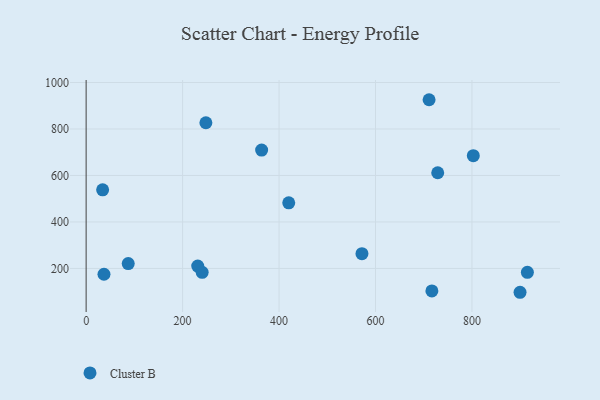
{"axis": {"x": "Price", "y": "Profit"}, "legend": ["Cluster B"], "data": [{"x": "231.4", "y": 210.2, "type": "Cluster B"}, {"x": "914.9", "y": 183.3, "type": "Cluster B"}, {"x": "248.3", "y": 826.8, "type": "Cluster B"}, {"x": "729.0", "y": 611.7, "type": "Cluster B"}, {"x": "571.9", "y": 263.7, "type": "Cluster B"}, {"x": "802.8", "y": 685.2, "type": "Cluster B"}, {"x": "87.3", "y": 221.0, "type": "Cluster B"}, {"x": "899.7", "y": 97.5, "type": "Cluster B"}, {"x": "711.1", "y": 925.9, "type": "Cluster B"}, {"x": "34.2", "y": 538.4, "type": "Cluster B"}, {"x": "240.6", "y": 183.2, "type": "Cluster B"}, {"x": "716.9", "y": 103.1, "type": "Cluster B"}, {"x": "420.1", "y": 482.4, "type": "Cluster B"}, {"x": "363.9", "y": 709.4, "type": "Cluster B"}, {"x": "37.0", "y": 175.0, "type": "Cluster B"}]}